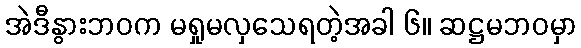
အဲဒီနွားဘဝက မရှုမလှသေရတဲ့အခါ ၆။ ဆဋ္ဌမဘဝမှာ